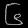
Digit: ၆